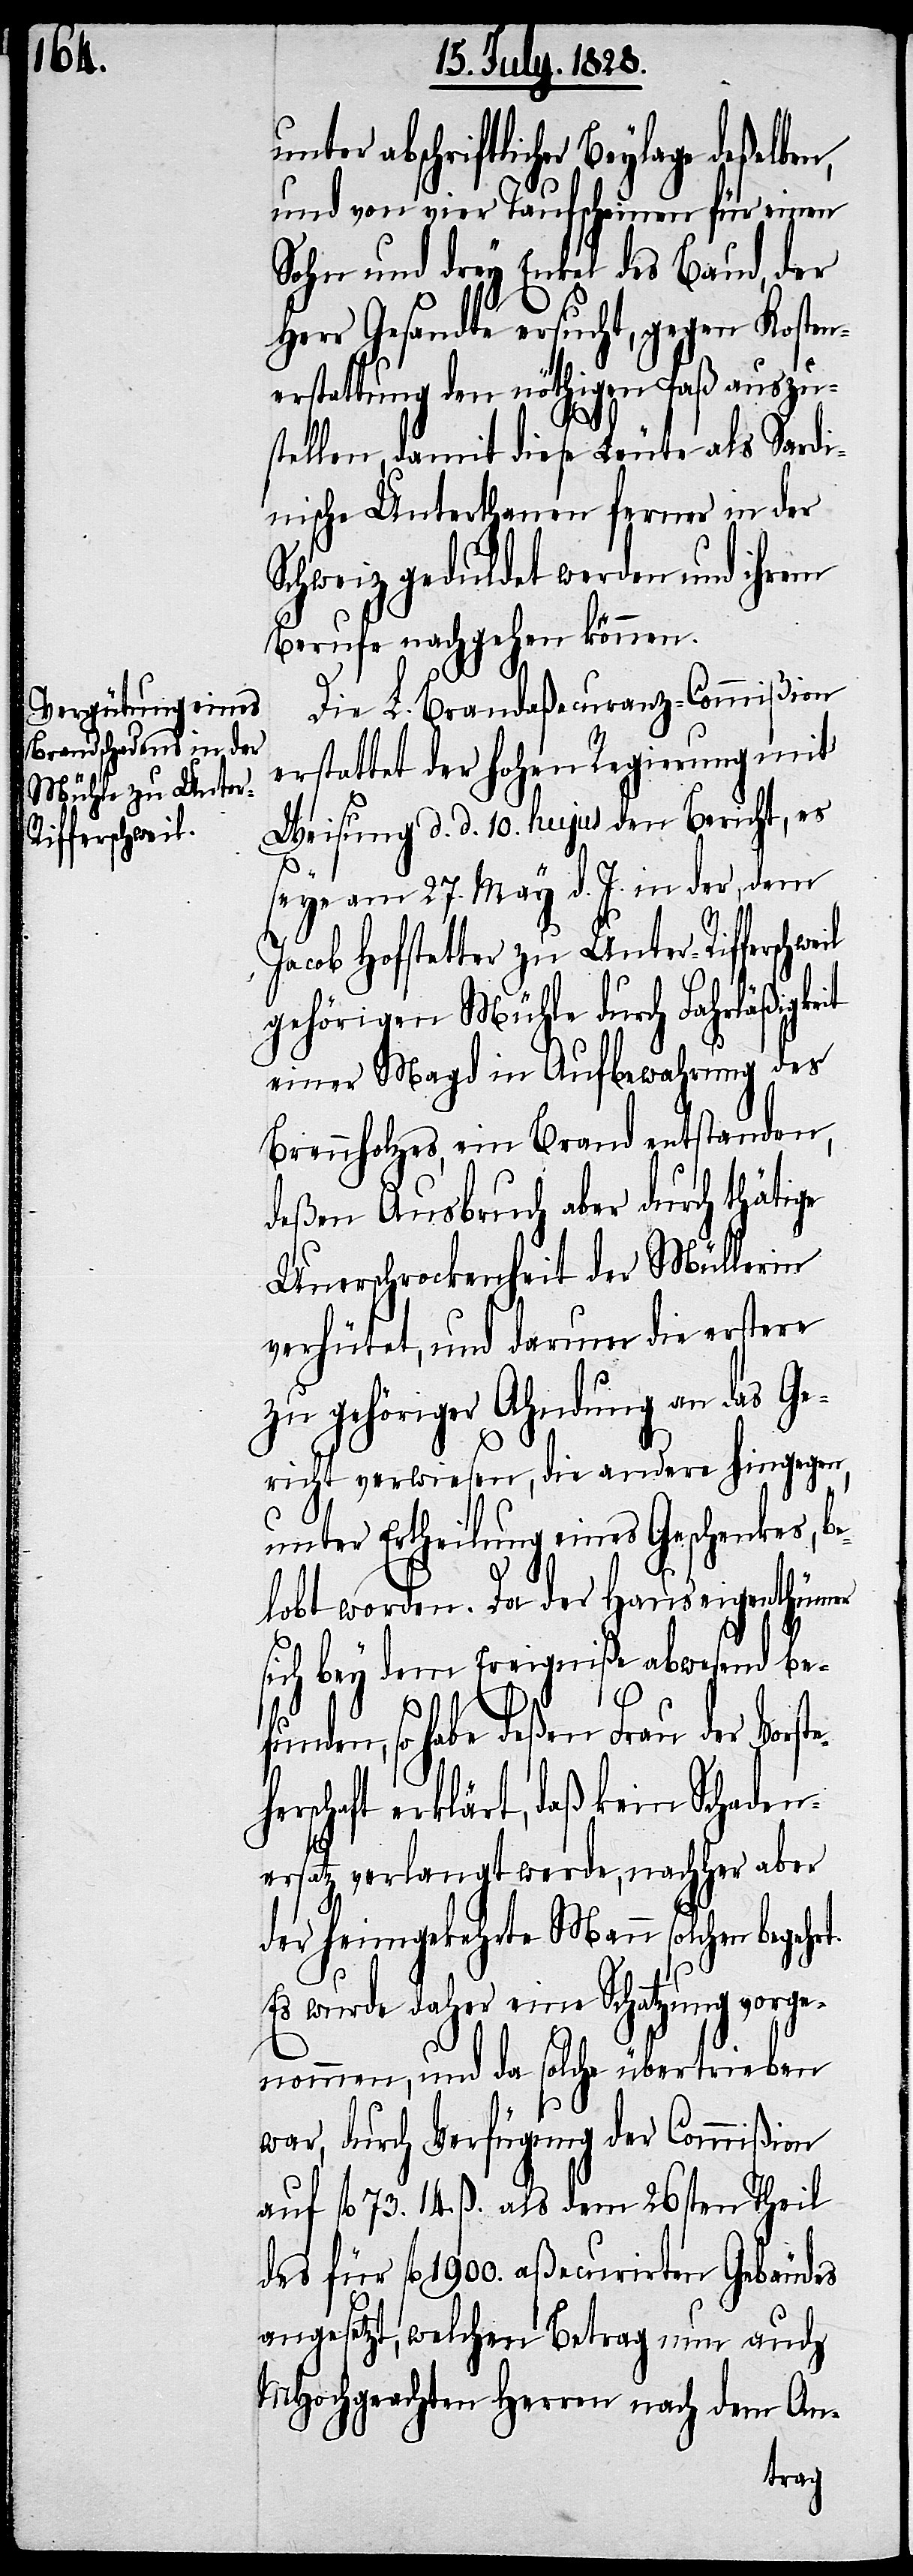
ifferschweil

unter abschriftlicher Beylage deßelben,
und von vier Taufscheinen für einen
Sohn und drey Enkel des Baud, der
Herr Gesandte ersucht, gegen Kosten¬
erstattung den nöthigen Paß auszu¬
stellen, damit diese Leute als Sardi¬
nische Unterthanen ferner in der
Schweiz geduldet werden und ihrem
Berufe nachgehen können.
Die L. Brandaßecuranz-Commißion
erstattet der hohen Regierung mit
Weisung d. d. 10. hujus den Bericht, es
seye am 27. May d. J. in der, dem
Jacob Hofstetter zu Unter-R¬
gehörigen Mühle durch Fahrläßigkeit
einer Magd in Aufbewahrung des
Brennholzes, ein Brand entstanden,
deßen Ausbruch aber durch thätige
Unerschrockenheit der Müllerin
verhütet, und darum die erstere
zu gehöriger Ahndung an das Ge¬
richt verwiesen, die andere hingegen,
unter Ertheilung eines Geschenkes, be¬
lobt worden. Da der Hauseigenthümer
sich bey dem Ereigniße abwesend be¬
funden, so habe deßen Frau der Vorste¬
herschaft erklärt, daß kein Schaden¬
ersatz verlangt werde, nachher aber
der heimgekehrte Mann solchen begeh¬
rt.
Es wurde daher eine Schatzung vorge¬
nommen, und da solche übertrieben
war, durch Verfügung der Commißion
auf fl. 73. 14. ß. als dem 26sten Theil
des für fl .1900. aßecurirten Gebäudes
angesetzt, welchen Betrag nun auch
MHochgeachten Herren nach dem An-